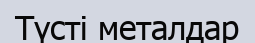
Түсті металдар